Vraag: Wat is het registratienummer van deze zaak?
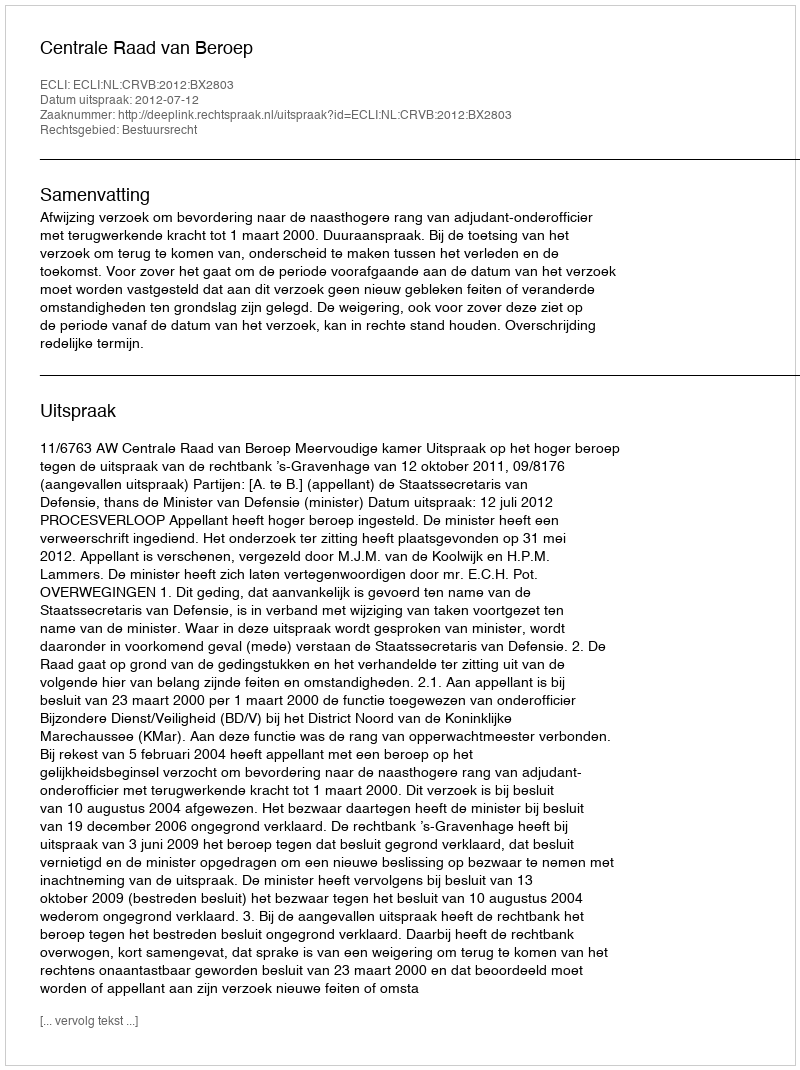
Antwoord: http://deeplink.rechtspraak.nl/uitspraak?id=ECLI:NL:CRVB:2012:BX2803